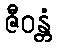
ဇီဝန္တံ